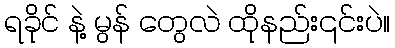
ရခိုင် နဲ့ မွန် တွေလဲ ထိုနည်း၎င်းပဲ။